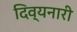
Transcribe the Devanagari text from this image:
दिव्यनारी